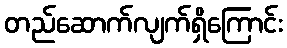
တည်ဆောက်လျက်ရှိကြောင်း